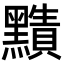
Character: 𪒦